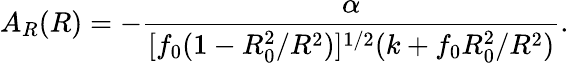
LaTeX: A_{R}(R)=-\frac{\alpha}{[f_{0}(1-R_{0}^{2}/R^{2})]^{1/2}(k+f_{0}R_{0}^{2}/R^{2})}.